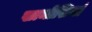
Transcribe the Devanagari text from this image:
खामोशियां